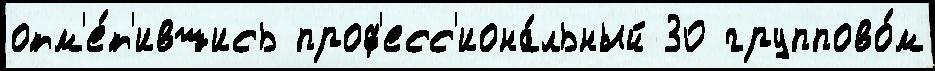
отм'е́т'ившись проф'есс'иона́льный 30 группово́м